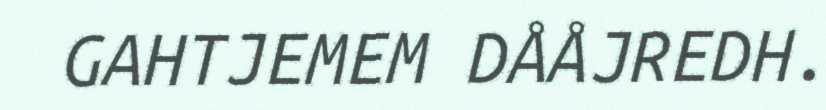
GAHTJEMEM DÅÅJREDH.